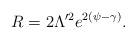
LaTeX: \begin{align*}R = 2 \Lambda'^2 e^{2(\psi - \gamma)}.\end{align*}